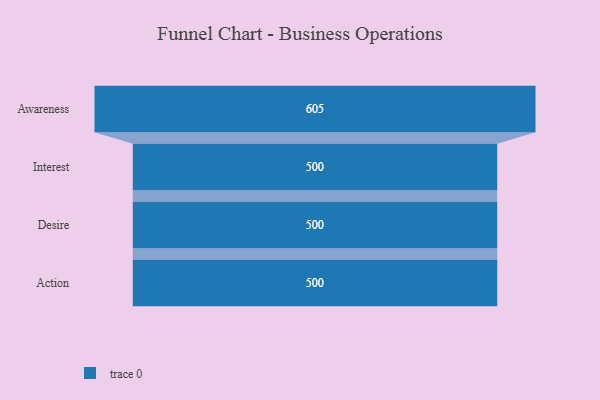
{"axis": {"x": "Stage", "y": "Value"}, "legend": [""], "data": [{"x": "Awareness", "y": 605.0, "type": ""}, {"x": "Interest", "y": 500.0, "type": ""}, {"x": "Desire", "y": 500, "type": ""}, {"x": "Action", "y": 500, "type": ""}]}